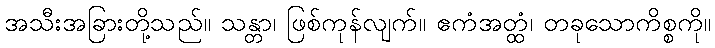
အသီးအခြားတို့သည်။ သန္တာ၊ ဖြစ်ကုန်လျက်။ ဧကံအတ္ထံ၊ တခုသောကိစ္စကို။